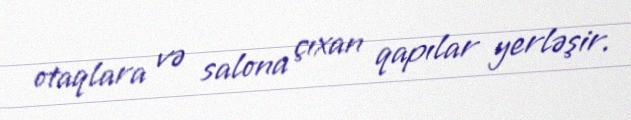
otaqlara və salona çıxan qapılar yerləşir.